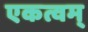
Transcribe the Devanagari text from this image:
एकत्वम्